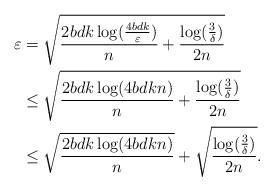
LaTeX: \begin{align*} \varepsilon &=\sqrt{\frac{2bdk\log( \frac{4bdk}{\varepsilon})}{n}+\frac{\log(\frac{3}{\delta})}{2n}}\\ &\le\sqrt{\frac{2bdk\log( 4bdkn)}{n}+\frac{\log(\frac{3}{\delta})}{2n}}\\ &\leq \sqrt{\frac{2bdk\log(4bdkn)}{n}}+\sqrt{\frac{\log(\frac{3}{\delta})}{2n}}. \end{align*}